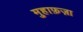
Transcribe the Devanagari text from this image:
मुहाफ़ज़ा